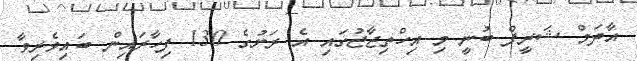
އާދަމް ޝަރީފް ބުނީ މި އިހްތިޖާޖުގައި އެ ރަށުގެ 130 ފިހާރައިން ބައިވެރިވާ